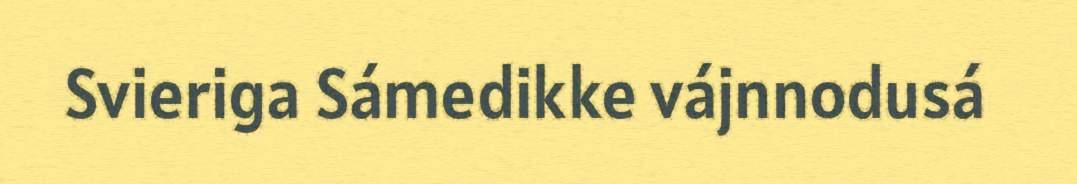
Svieriga Sámedikke vájnnodusá